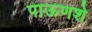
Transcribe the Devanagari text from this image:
पाऊणशे